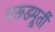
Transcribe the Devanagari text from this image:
गरूडमूर्ती